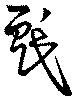
戲